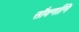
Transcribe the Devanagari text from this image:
सौवर्णानि